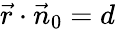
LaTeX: {\vec{r}}\cdot{\vec{n}}_{0}=d